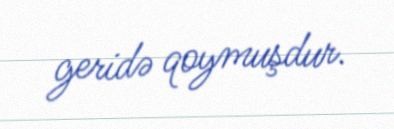
geridə qoymuşdur.